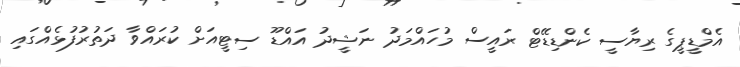
އެމްޑީޕީގެ ރިޔާސީ ކެންޑިޑޭޓް ރައީސް މުހައްމަދު ނަޝީދު އައްޑޫ ސިޓީއަށް ކުރައްވާ ދަތުރުފުޅެއްގައި